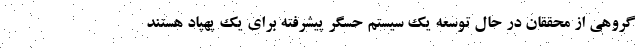
گروهی از محققان در حال توسعه یک سیستم حسگر پیشرفته برای یک پهپاد هستند